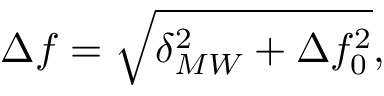
\Delta f = \sqrt { \delta _ { M W } ^ { 2 } + \Delta f _ { 0 } ^ { 2 } } ,